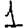
Digit: 1